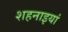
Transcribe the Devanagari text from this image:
शहनाइयां